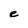
Character: e